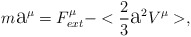
\begin{align*}m\hbox{\Large a}^{\mu}=F^{\mu}_{ext}-<\frac{2}{3}{\hbox{\Large a}}^{2}V^{\mu}>,\end{align*}